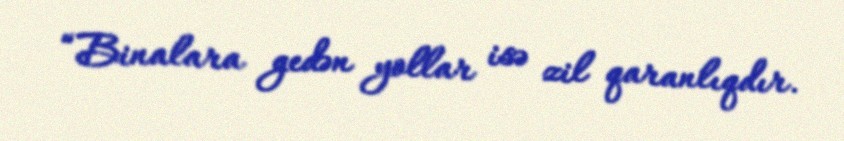
“Binalara gedən yollar isə zil qaranlıqdır.